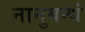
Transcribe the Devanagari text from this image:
नानुबन्धं